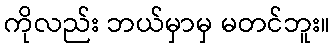
ကိုလည်း ဘယ်မှာမှ မတင်ဘူး။